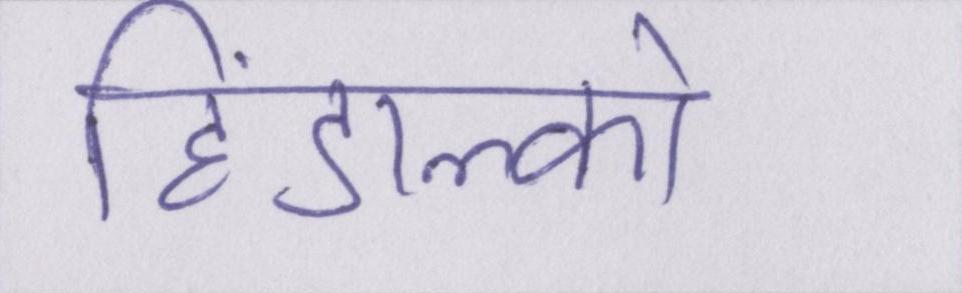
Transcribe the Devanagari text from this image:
हिंडाल्को